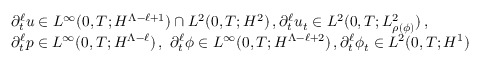
\begin{array} { r l } & { \partial _ { t } ^ { \ell } u \in L ^ { \infty } ( 0 , T ; H ^ { \Lambda - \ell + 1 } ) \cap L ^ { 2 } ( 0 , T ; H ^ { 2 } ) \, , \partial _ { t } ^ { \ell } u _ { t } \in L ^ { 2 } ( 0 , T ; L _ { \rho ( \phi ) } ^ { 2 } ) \, , } \\ & { \partial _ { t } ^ { \ell } p \in L ^ { \infty } ( 0 , T ; H ^ { \Lambda - \ell } ) \, , \ \partial _ { t } ^ { \ell } \phi \in L ^ { \infty } ( 0 , T ; H ^ { \Lambda - \ell + 2 } ) \, , \partial _ { t } ^ { \ell } \phi _ { t } \in L ^ { 2 } ( 0 , T ; H ^ { 1 } ) } \end{array}